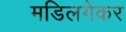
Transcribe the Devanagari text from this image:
मडिलगेकर